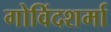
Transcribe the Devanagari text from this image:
गोविंदशर्मा